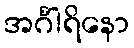
အင်္ဂါရိနော